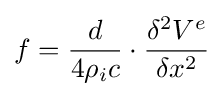
f={\frac {d}{4\rho _{i}c}}\cdot {\frac {\delta ^{2}V^{e}}{\delta x^{2}}}